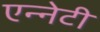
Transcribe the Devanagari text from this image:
एन्नेटी